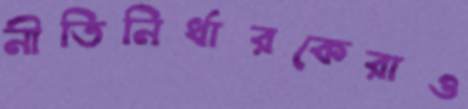
নীতিনির্ধারকেরাও